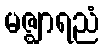
မဇ္ဈာရညံ